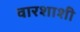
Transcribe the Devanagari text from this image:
वारशाशी